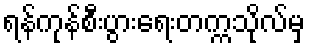
ရန်ကုန်စီးပွားရေးတက္ကသိုလ်မှ